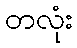
တလုံး